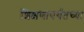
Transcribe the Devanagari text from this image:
शिक्षणापर्यंतच्या